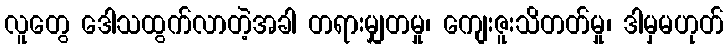
လူတွေ ဒေါသထွက်လာတဲ့အခါ တရားမျှတမှု၊ ကျေးဇူးသိတတ်မှု၊ ဒါမှမဟုတ်